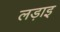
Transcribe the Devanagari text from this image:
लड़ाइ